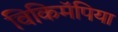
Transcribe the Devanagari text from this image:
विकिमॅपिया